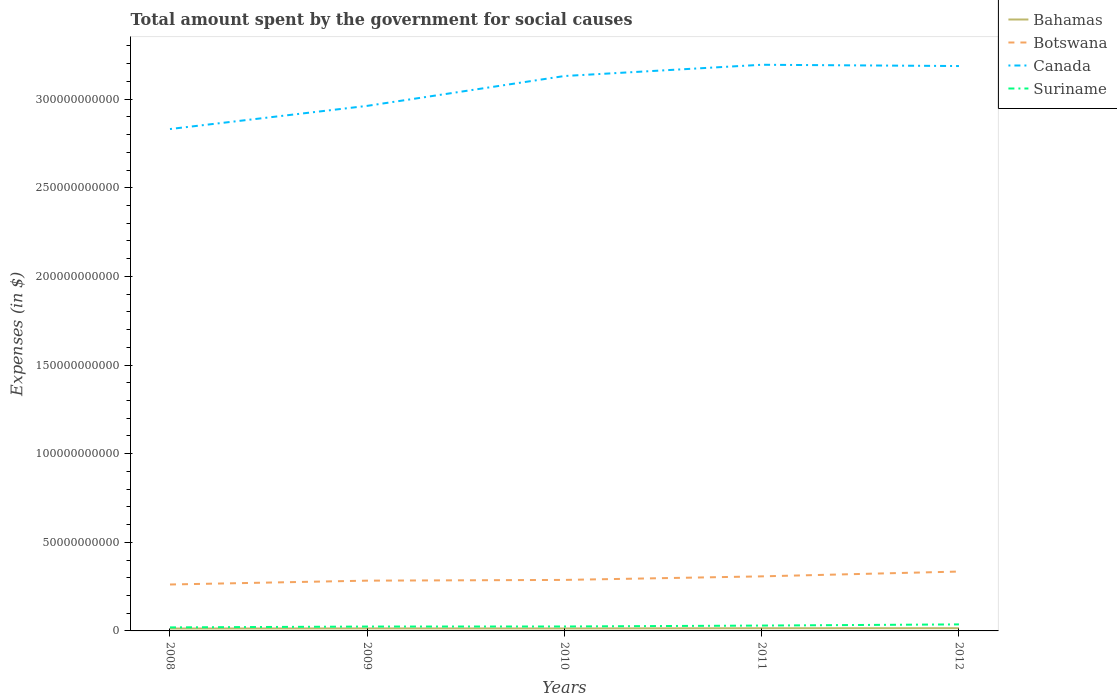
| Years | Bahamas | Botswana | Canada | Suriname |
 | --- | --- | --- | --- | --- |
 | 2008 | 1.34e+09 | 2.62e+10 | 2.83e+11 | 1.99e+09 |
 | 2009 | 1.42e+09 | 2.84e+10 | 2.96e+11 | 2.47e+09 |
 | 2010 | 1.4e+09 | 2.88e+10 | 3.13e+11 | 2.5e+09 |
 | 2011 | 1.53e+09 | 3.08e+10 | 3.19e+11 | 3.02e+09 |
 | 2012 | 1.55e+09 | 3.35e+10 | 3.19e+11 | 3.68e+09 |